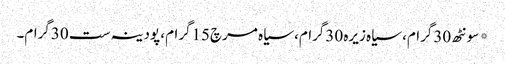
* سونٹھ 30گرام، سیاہ زیرہ 30گرام، سیاہ مرچ15گرام، پودینہ ست 30گرام۔